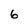
Character: 6